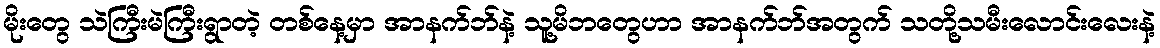
မိုးတွေ သဲကြီးမဲကြီးရွာတဲ့ တစ်နေ့မှာ အာနက်ဘ်နဲ့ သူ့မိဘတွေဟာ အာနက်ဘ်အတွက် သတို့သမီးလောင်းလေးနဲ့